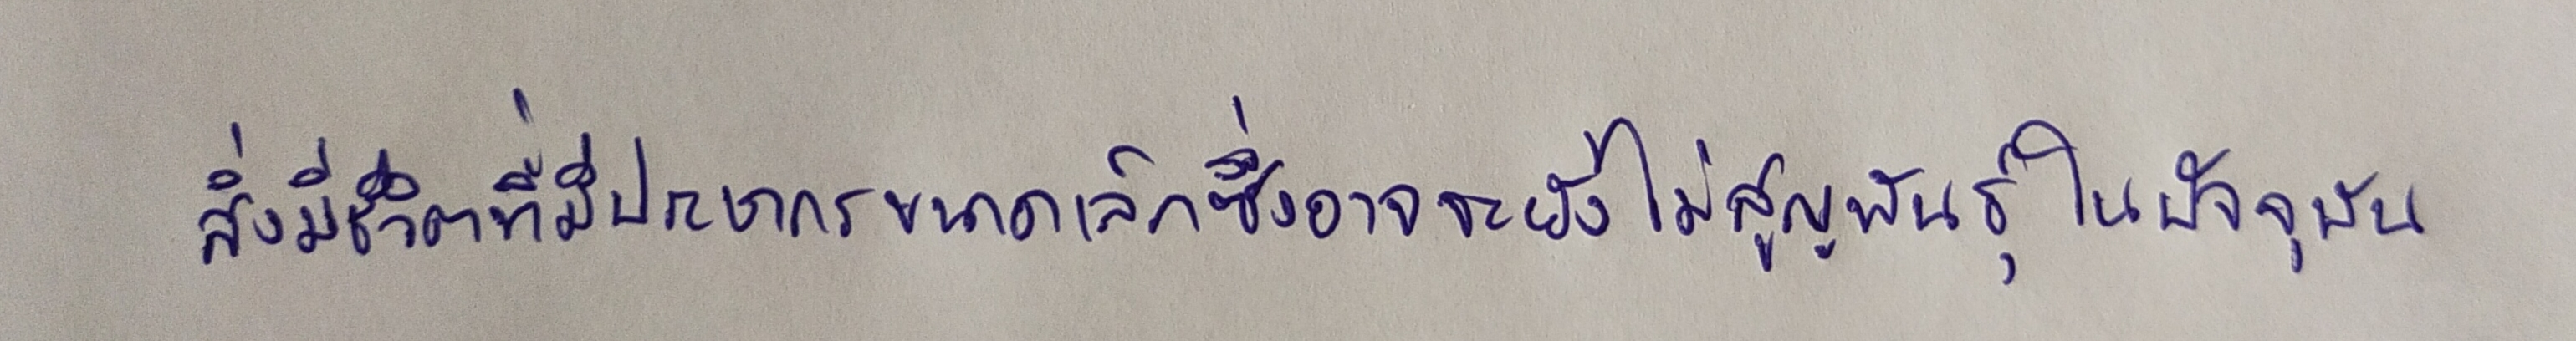
สิ่งมีชีวิตที่มีประชากรขนาดเล็กซึ่งอาจจะยังไม่สูญพันธุ์ในปัจจุบัน